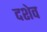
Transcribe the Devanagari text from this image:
दशेव